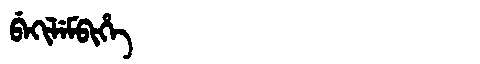
Manchu: ᠪᡝᡴᡳᠯᡝᠮᠪᡳᡥᡝ
Romanization: BEKILEMBIHE